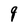
Character: q